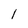
Character: 1